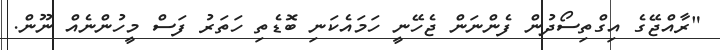
"ރާއްޖޭގެ އިގްތިސޯދުން ފެންނަން ޖެހޭނީ ހަމައެކަނި ބޮޑެތި ހަތަރު ފަސް މީހުންނެއް ނޫން.